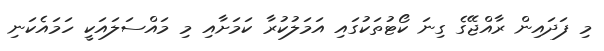
މި ފަދައިން ރާއްޖޭގެ ގިނަ ކޯޓުތަކުގައި އަމަލުކުރާ ކަމަށާއި މި މައްސަލައަކީ ހަމައެކަނި